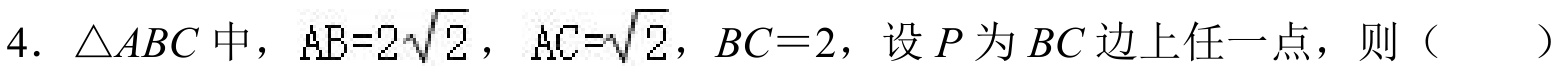
4. \(\triangle ABC\)中，\(AB = 2\sqrt{2}\)，\(AC=\sqrt{2}\)，\(BC = 2\)，设\(P\)为\(BC\)边上任一点，则（  ）